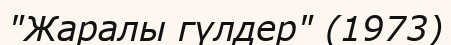
"Жаралы гүлдер" (1973)